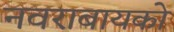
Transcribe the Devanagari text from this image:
नवराबायको